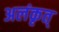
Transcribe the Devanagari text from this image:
अलंकृत्‌